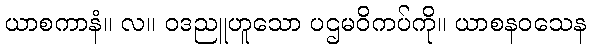
ယာစကာနံ။ လ။ ဝဒညူဟူသော ပဌမဝိကပ်ကို။ ယာစနဝသေန